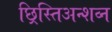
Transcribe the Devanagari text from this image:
छ्रिस्तिअन्शव्न